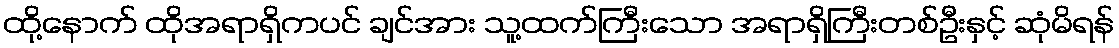
ထို့နောက် ထိုအရာရှိကပင် ချင်အား သူ့ထက်ကြီးသော အရာရှိကြီးတစ်ဦးနှင့် ဆုံမိရန်